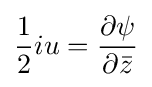
{\frac {1}{2}}iu={\frac {\partial \psi }{\partial {\bar {z}}}}